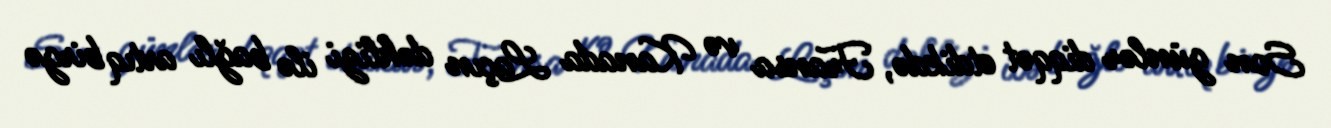
Son günlər diqqət etdikdə, Fransa və Kanada Laçın dəhlizi ilə bağlı artıq birgə